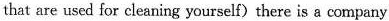
that are usad for cleaning yourself) there is a company